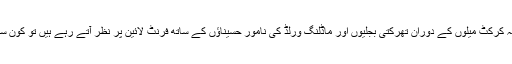
سو اگر وہ شارجہ کرکٹ میلوں کے دوران تھرکتی بجلیوں اور ماڈلنگ ورلڈ کی نامور حسیناؤں کے ساتھ فرنٹ لائین پر نظر آتے رہے ہیں تو کون سی قیامت آ گئی ؟